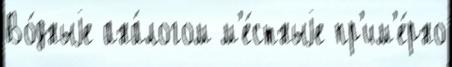
Во́дныjе ана́логом м'е́стныjе пр'им'е́рно